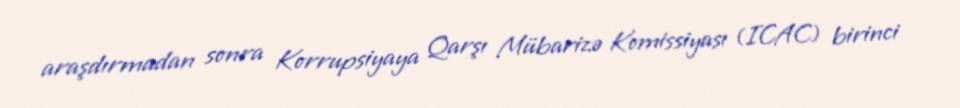
araşdırmadan sonra Korrupsiyaya Qarşı Mübarizə Komissiyası (ICAC) birinci